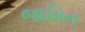
જામિન